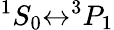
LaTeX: ^1S_{0}{\leftrightarrow}^{3}P_{1}